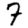
Digit: 7